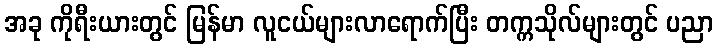
အခု ကိုရီးယားတွင် မြန်မာ လူငယ်များလာရောက်ပြီး တက္ကသိုလ်များတွင် ပညာ